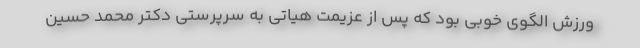
ورزش الگوی خوبی بود که پس از عزیمت هیاتی به سرپرستی دکتر محمد حسین